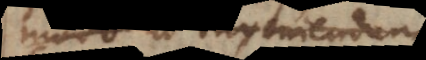
modo ad inveniendum